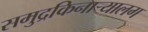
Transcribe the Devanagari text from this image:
समुद्रकिनाऱ्यालग